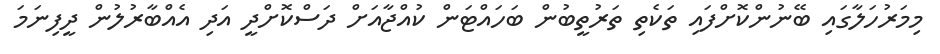
މިމަރުހަލާގައި ބޭނުންކޮށްފައި ތަކެތި ތަރުތީބުން ބަހައްޓަން ކުއްޖާއަށް ދަސްކޮށްދީ އަދި އެއްބާރުލުން ދީފިނަމަ